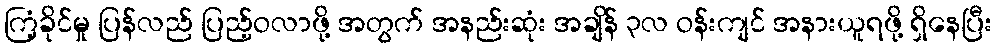
ကြံ့ခိုင်မှု ပြန်လည် ပြည့်ဝလာဖို့ အတွက် အနည်းဆုံး အချိန် ၃လ ဝန်းကျင် အနားယူရဖို့ ရှိနေပြီး